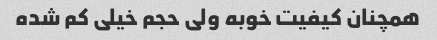
همچنان کیفیت خوبه ولی حجم خیلی کم شده